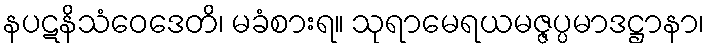
နပဋနိသံဝေဒေတိ၊ မခံစားရ။ သုရာမေရယမဇ္ဇပ္ပမာဒဋ္ဌာနာ၊